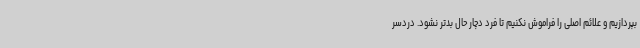
بپردازیم و علائم اصلی را فراموش نکنیم تا فرد دچار حال بدتر نشود. دردسر